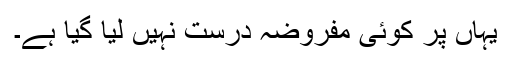
یہاں پر کوئی مفروضہ درست نہیں لیا گیا ہے۔